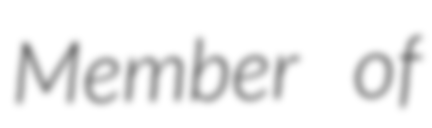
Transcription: Member of